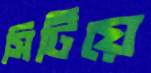
সিটিয়ে